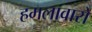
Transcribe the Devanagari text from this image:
हमलावारों